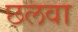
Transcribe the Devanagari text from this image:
छलवा